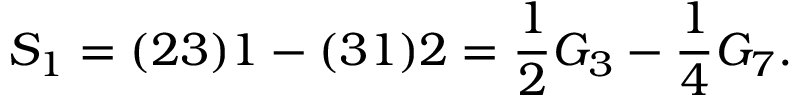
S _ { 1 } = ( 2 3 ) 1 - ( 3 1 ) 2 = { \frac { 1 } { 2 } } G _ { 3 } - { \frac { 1 } { 4 } } G _ { 7 } .